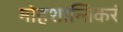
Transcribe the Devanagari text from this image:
मोहशान्तिकरं